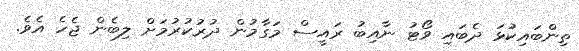
ތިންބައިކުޅަ ދެބައި ވޯޓު ނާއިބު ރައީސް މަގާމުން ދުރުކުރުމަށް ލިބެން ޖެހެ އެވެ.